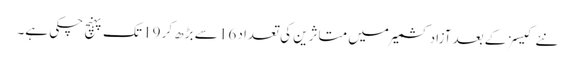
نئے کیسز کے بعد آزاد کشمیر میں متاثرین کی تعداد 16 سے بڑھ کر 19 تک پہنچ چکی ہے۔